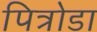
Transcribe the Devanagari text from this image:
पित्रोडा